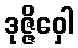
ဒုဇ္ဇိဝှေါ